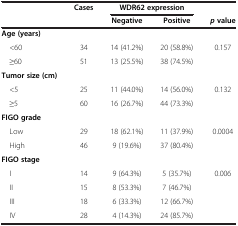
<table><thead><tr><td rowspan="2"><b> </b></td><td rowspan="2"><b>Cases</b></td><td colspan="2"><b>WDR62 expression</b></td><td><b> </b></td></tr><tr><td><b>Negative</b></td><td><b>Positive</b></td><td><b><i>p </i>value</b></td></tr></thead><tbody><tr><td><b>Age (years)</b></td><td> </td><td> </td><td> </td><td> </td></tr><tr><td> &lt;60</td><td>34</td><td>14 (41.2%)</td><td>20 (58.8%)</td><td>0.157</td></tr><tr><td> ≥60</td><td>51</td><td>13 (25.5%)</td><td>38 (74.5%)</td><td> </td></tr><tr><td><b>Tumor size (cm)</b></td><td> </td><td> </td><td> </td><td> </td></tr><tr><td> &lt;5</td><td>25</td><td>11 (44.0%)</td><td>14 (56.0%)</td><td>0.132</td></tr><tr><td> ≥5</td><td>60</td><td>16 (26.7%)</td><td>44 (73.3%)</td><td> </td></tr><tr><td><b>FIGO grade</b></td><td> </td><td> </td><td> </td><td> </td></tr><tr><td> Low</td><td>29</td><td>18 (62.1%)</td><td>11 (37.9%)</td><td>0.0004</td></tr><tr><td> High</td><td>46</td><td>9 (19.6%)</td><td>37 (80.4%)</td><td> </td></tr><tr><td><b>FIGO stage</b></td><td> </td><td> </td><td> </td><td> </td></tr><tr><td> I</td><td>14</td><td>9 (64.3%)</td><td>5 (35.7%)</td><td>0.006</td></tr><tr><td> II</td><td>15</td><td>8 (53.3%)</td><td>7 (46.7%)</td><td> </td></tr><tr><td> III</td><td>18</td><td>6 (33.3%)</td><td>12 (66.7%)</td><td> </td></tr><tr><td> IV</td><td>28</td><td>4 (14.3%)</td><td>24 (85.7%)</td><td> </td></tr></tbody></table>